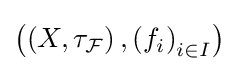
\left(\left(X,\tau _{\mathcal {F}}\right),\left(f_{i}\right)_{i\in I}\right)